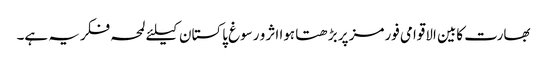
بھارت کابین الاقوامی فورمز پر بڑھتا ہوا اثر و رسوغ پاکستان کیلئے لمحہ فکریہ ہے۔